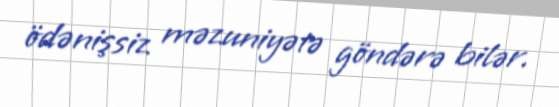
ödənişsiz məzuniyətə göndərə bilər.